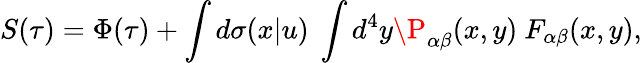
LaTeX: S(\tau)=\Phi(\tau)+\int d\sigma(x|u)\ \int d^{4}y\P_{\alpha\beta}(x,y)\ F_{\alpha\beta}(x,y),